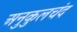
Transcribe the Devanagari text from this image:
अनुकुलचंद